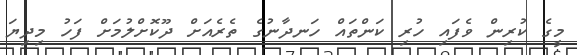
މީގެ ކުރިން ވެފައި ހުރި ކަންތައް ހަނދާނުގެ ތެރެއަށް ދޫކޮށްލުމަށް ފަހު މިދިޔަ